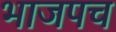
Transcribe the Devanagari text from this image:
भाजपच